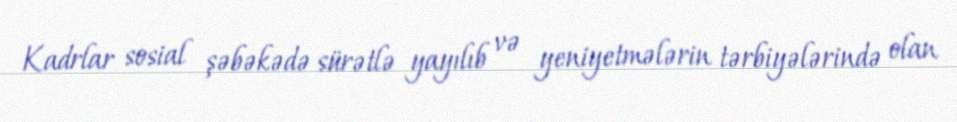
Kadrlar sosial şəbəkədə sürətlə yayılıb və yeniyetmələrin tərbiyələrində olan